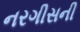
નરગીસની